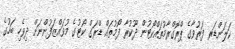
ކަލަންޑަރ ފަރުވާގެ ޕްރޮގްރާމުތައްކޯޓުން ދޫކުރާ ފޯމުތައް ޑްރަގް ކޯޓުގެ މުވައްޒަފުންނަށް ދިވެހި ބަހުގެ